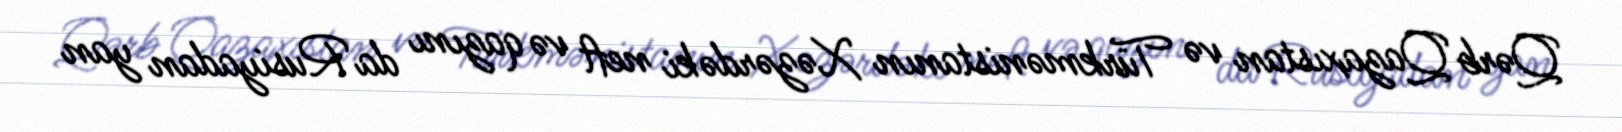
Qərb Qazaxıstan və Türkmənistanın Xəzərdəki neft və qazını da Rusiyadan yan